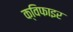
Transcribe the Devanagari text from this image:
क्विफाइर